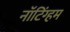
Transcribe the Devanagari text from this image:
नाॅटिंग्हम